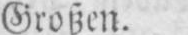
Großen.